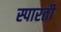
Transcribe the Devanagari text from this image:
स्पारती